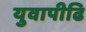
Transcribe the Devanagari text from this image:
युवापीढि